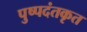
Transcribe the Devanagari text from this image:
पुष्पदंतकृत